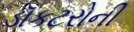
ડૉકટરોની